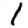
Digit: 1